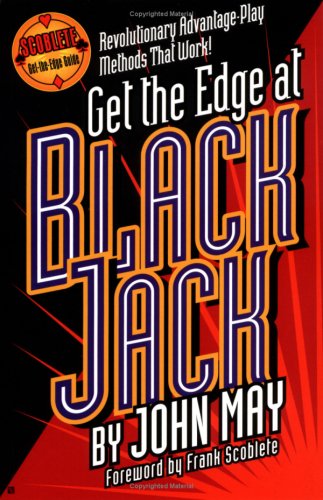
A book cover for Get the Edge at Blackjack (Scoblete Get-The-Edge); John May; Humor & Entertainment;